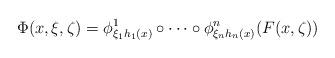
LaTeX: \begin{align*}\Phi(x,\xi,\zeta) = \phi^1_{\xi_1h_1(x)}\circ \cdots\circ \phi^n_{\xi_n h_n(x)} (F(x,\zeta))\end{align*}